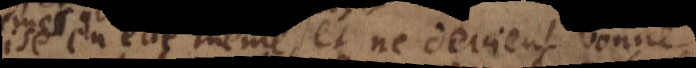
en elle même, et ne devient bonne